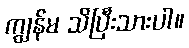
ကျွန်မ သိပြီးသားပါ။